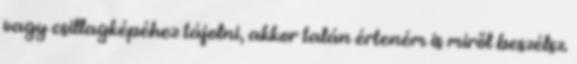
vagy csillagképéhez tájolni, akkor talán érteném is miről beszélsz.